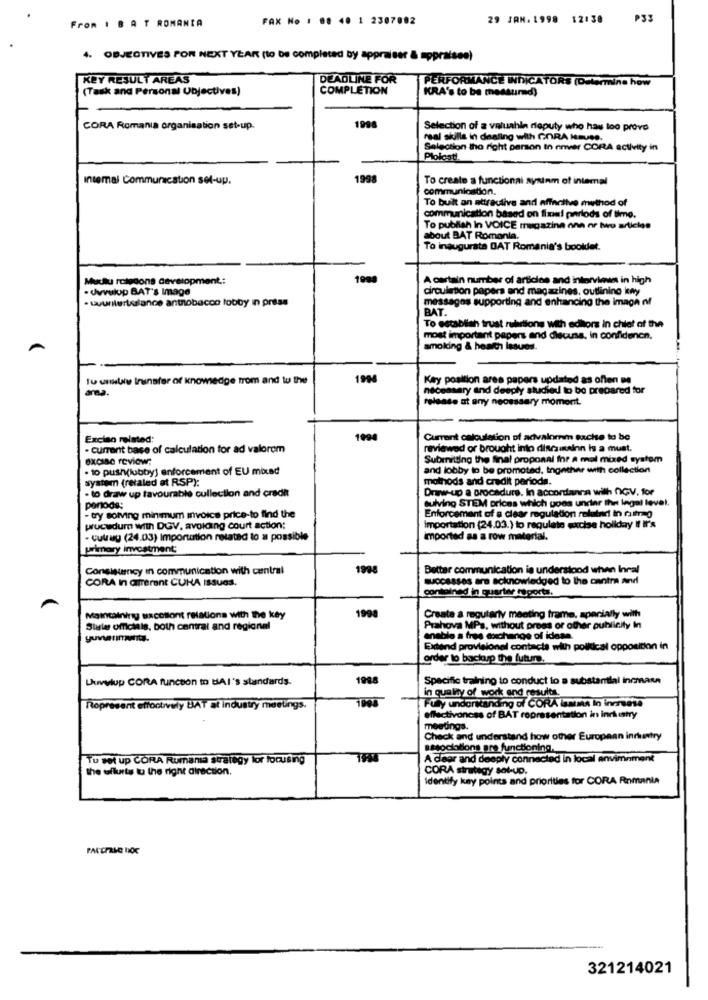
From : B A T ROMANIA
FAX No : 00 40 1 2307002
29 JAN. 1998 12:30
P33
4. OBJECTIVES FOR NEXT YEAR (to be completed by appraiser & appraisee)
KEY RESULT AREAS
DEADLINE FOR
PERFORMANCE INDICATORS (Determine how
(Task and Personal Objectives)
COMPLETION
KRA's to be measured)
1998
CORA Romania organisation set-up.
Selection of a valuable deputy who has loo provo
real skills in dealing with GORA MEUSe.
Selection the right person In enver CORA activity in
Plolost.
Intemal Communication set-up.
1998
To create a functionni aynunm of intemal
communication.
To built an attractive and effective method of
communication based on fixel periods of time.
To publish in VOICE magazine one or two articles
about BAT Romania.
To inaugurata DAT Romania's bookdet.
Mudtu rolgoons development .:
A certain number of articles and interview in high
. Uwvulup BAT's Image
circulation papers and magazines, outlining kny
- wunilurtlance antobacco lobby in press
messages supporting and enhancing the image of
BAT.
To establish trust ruhrtions with editors in chief of the
most important papers and discuss, in confidence.
smoking & health issues.
Tu unsliv transfer of knowledge trom and to the
1994
Key position ares papers updated as often me
area.
necessary and deeply studied to be prepared for
release at any necessary moment.
Exciao related:
1994
Current calculation of advalomm sache to be
- current base of calculation for ad valorem
reviewed of brought into discainainn Is a must.
excise review;
Submitting the final proposal for a mal mixed systom
· to push(lubby] enforcement of EU mixad
and lobby to be promoted, thonther with collection
system (retaled at RSP):
methods and credit perioda.
- to draw up favourable collection and credit
Draw-up a procedure. In accordance with NIGV. for
sulving STEM prices which goes undlar the legal level.
periods;
Enforcement of a clear regulation related in rattrap
- try solving minimum invoice price-to find the
pucwdum with DGV, avoiding court action:
Importation (24.03.) to regulate excise hoilday If It's
- cutrag (24.03) Importation related to a possible
imported as a row material.
primary investment;
Consistency in communication with central
1998
Better communication is understood when Inral
CORA In arrerent CUNA ISsuGS.
successes are acknowledged to the cantra and
antalned in quarter reports.
Create a regularly meeting frame, specially with
Maintaining sacottont relations with the key
199
State officials, both central and regional
Prahova MPs, without press or other publicity In
enable a free exchange of idasa.
Extend provisional contacts with polkical opposition in
order to backasp the future.
Duvylup CORA funcion to SAI's standards.
Specific training to conduct to a substantial incmasa
1995
Fly understanding of CORA iamuma In increase
in quality of work and results.
Ropresent etfoctively HAT at industry meetings.
effectiveness of BAT representation in inrk istry
meetings.
Check and understand how other European inruintry
associations are functioning.
Tu set up CORA Rumana strategy lor focusing
A clear and deeply connected in local envimoment
the uilurts tu the right direction.
CORA strategy sol-up.
Identify key points and priorities for CORA Romania
321214021